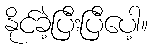
နိုင်ခဲ့ပြီးပြီပေါ့။